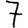
Digit: 7